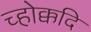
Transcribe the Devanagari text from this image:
च्होक्कदि